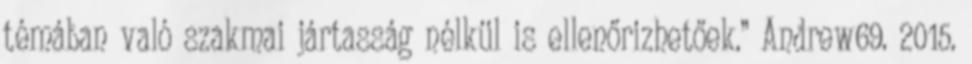
témában való szakmai jártasság nélkül is ellenőrizhetőek.” Andrew69. 2015.